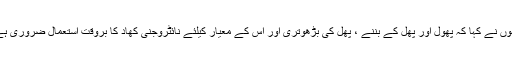
انہوں نے کہا کہ پھول اور پھل کے بننے ، پھل کی بڑھوتری اور اس کے معیار کیلئے نائٹروجنی کھاد کا بروقت استعمال ضروری ہے۔